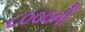
૮૦૦૦ની